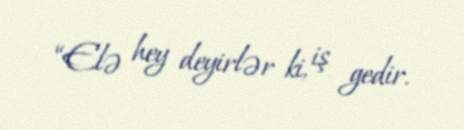
“Elə hey deyirlər ki, iş gedir.